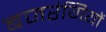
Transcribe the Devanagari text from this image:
बजरंगियों